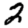
Digit: 2